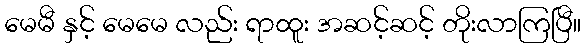
မေမီ နှင့် မေမေ လည်း ရာထူး အဆင့်ဆင့် တိုးလာကြပြီ။